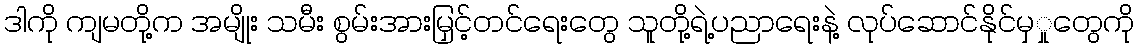
ဒါကို ကျမတို့က အမျိုး သမီး စွမ်းအားမြှင့်တင်ရေးတွေ သူတို့ရဲ့ပညာရေးနဲ့ လုပ်ဆောင်နိုင်မှှုတွေကို